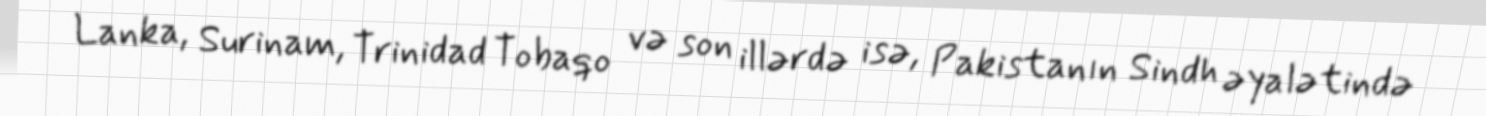
Lanka, Surinam, Trinidad Tobaqo və son illərdə isə, Pakistanın Sindh əyalətində